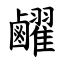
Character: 䴞